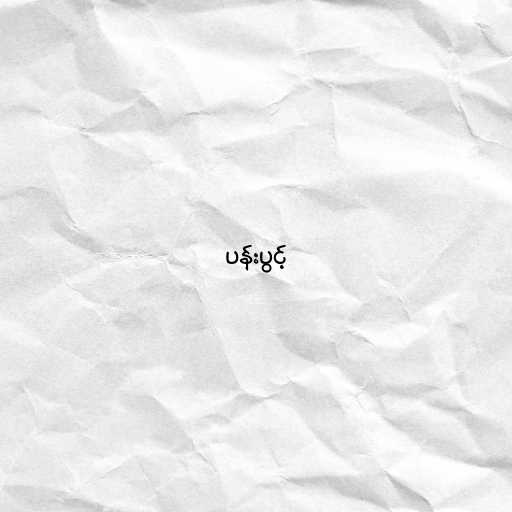
ပန်းပွင့်